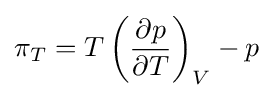
\pi _{T}=T\left({\frac {\partial p}{\partial T}}\right)_{V}-p